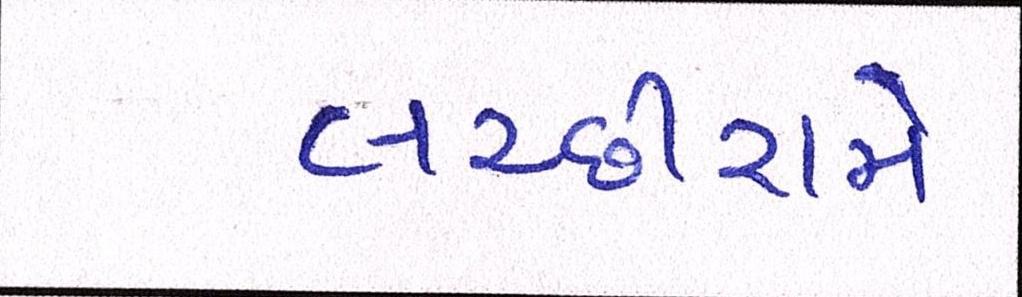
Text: લચ્છીરામે